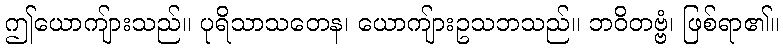
ဤယောကျ်ားသည်။ ပုရိသာသတေန၊ ယောကျ်ားဥသဘသည်။ ဘဝိတဗ္ဗံ၊ ဖြစ်ရာ၏။